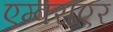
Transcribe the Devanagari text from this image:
एम्बराएर